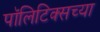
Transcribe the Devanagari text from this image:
पॉलिटिक्सच्या